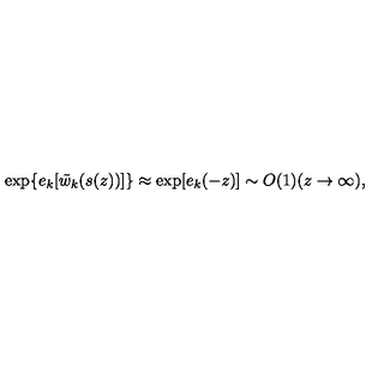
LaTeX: \exp \{ e _ { k } [ \tilde { w } _ { k } ( s ( z ) ) ] \} \approx \exp [ e _ { k } ( - z ) ] \sim O ( 1 ) ( z \rightarrow \infty ) ,